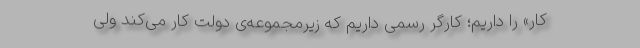
کار» را داریم؛ کارگر رسمی داریم که زیرمجموعه‌ی دولت کار می‌کند ولی